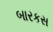
બારકસ